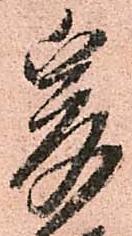
爰